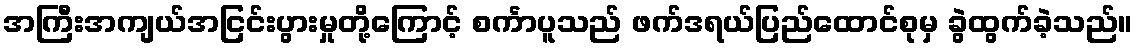
အကြီးအကျယ်အငြင်းပွားမှုတို့ကြောင့် စင်္ကာပူသည် ဖက်ဒရယ်ပြည်ထောင်စုမှ ခွဲထွက်ခဲ့သည်။